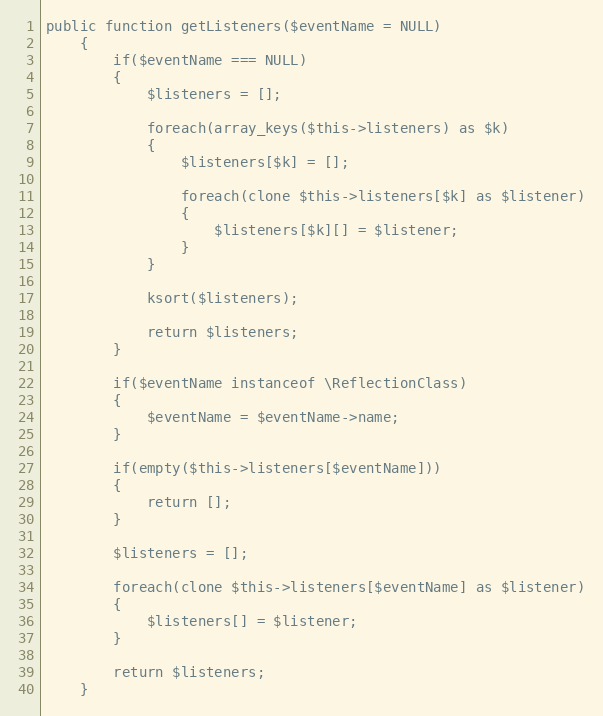
Language: PHP
public function getListeners($eventName = NULL)
	{
		if($eventName === NULL)
		{
			$listeners = [];

			foreach(array_keys($this->listeners) as $k)
			{
				$listeners[$k] = [];

				foreach(clone $this->listeners[$k] as $listener)
				{
					$listeners[$k][] = $listener;
				}
			}

			ksort($listeners);

			return $listeners;
		}

		if($eventName instanceof \ReflectionClass)
		{
			$eventName = $eventName->name;
		}

		if(empty($this->listeners[$eventName]))
		{
			return [];
		}

		$listeners = [];

		foreach(clone $this->listeners[$eventName] as $listener)
		{
			$listeners[] = $listener;
		}

		return $listeners;
	}